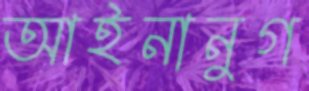
আইনানুগ